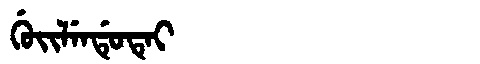
Manchu: ᡤᡠᡳᠯᡝᠨᡩᡠᡨᡝᡳ
Romanization: GUILENDUTEI